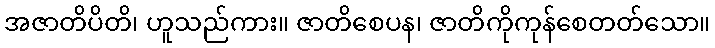
အဇာတိပိတိ၊ ဟူသည်ကား။ ဇာတိစေပန၊ ဇာတိကိုကုန်စေတတ်သော။